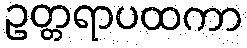
ဥတ္တရာပထကာ